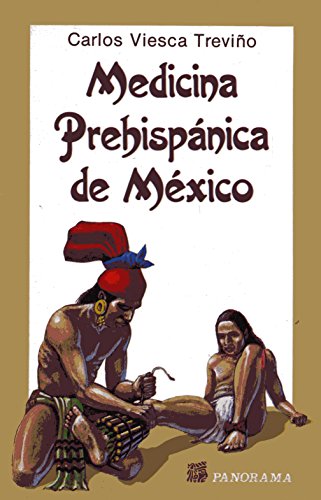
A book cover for Medicina Prehispanica De Mexico/Prehispanic Medicine of Mexico (Spanish Edition); Viesca Trevino; Children's Books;